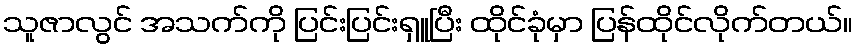
သူဇာလွင် အသက်ကို ပြင်းပြင်းရှူပြီး ထိုင်ခုံမှာ ပြန်ထိုင်လိုက်တယ်။